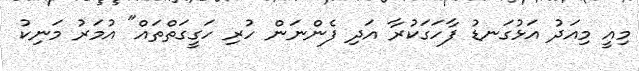
މިއީ މިއަދު އަޅުގަނޑު ފާހަގަކުރާ އަދި ފެންނަން ހުރި ހަގީގަތްތައް" އުމަރު މަނިކު